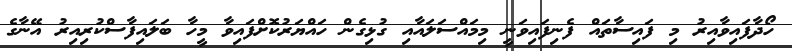
ހޯދާފައިވާއިރު މި ފައިސާތައް ފެނިފައިވަނީ މިމައްސަލައާއި ގުޅިގެން ހައްޔަރުކޮށްފައިވާ މީހާ ބަލައިފާސްކުރިއިރު އޭނާގެ